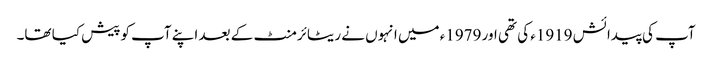
آپ کی پیدائش 1919ء کی تھی اور 1979ء میں انہوں نے ریٹائرمنٹ کے بعد اپنے آپ کوپیش کیا تھا۔